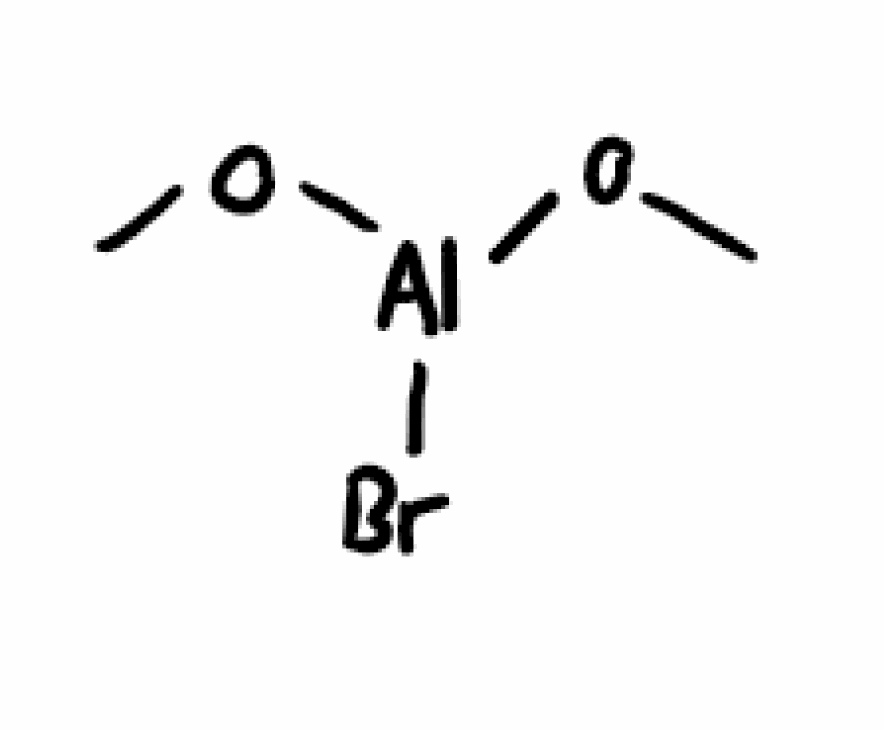
Simplified molecular-input line-entry system (SMILES) notation of the given molecule:
CO[Al](OC)Br